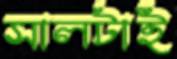
সালটাই